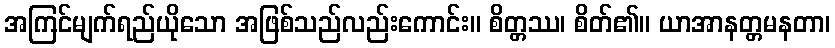
အကြင်မျက်ရည်ယိုသော အဖြစ်သည်လည်းကောင်း။ စိတ္တဿ၊ စိတ်၏။ ယာအာနတ္တမနတာ၊